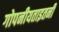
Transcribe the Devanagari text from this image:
गोपनीयताइतनी